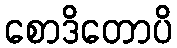
စောဒိတောပိ